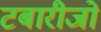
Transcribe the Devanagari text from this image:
टबारीजो